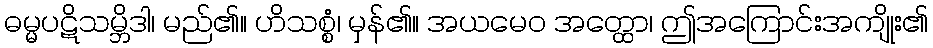
ဓမ္မပဋိသမ္ဘိဒါ၊ မည်၏။ ဟိသစ္စံ၊ မှန်၏။ အယမေဝ အတ္ထော၊ ဤအကြောင်းအကျိုး၏